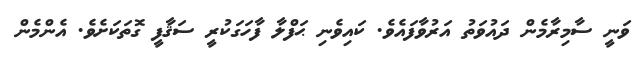
ވަނީ ސާމިރާމެން ދައުވަތު އަރުވާފައެވެ. ކައިވެނި ޙަފްލާ ފާހަގަކުރީ ސަޤާފީ ގޮތަކަށެވެ. އެންމެން